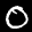
Label: 0